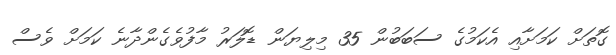
ގޮތަށް ކަމަށާއި އެކަމުގެ ސަބަބުން 35 މިލިޔަން ޑޮލަރު މާފުވެގެންދާނެ ކަމަށް ވެސް